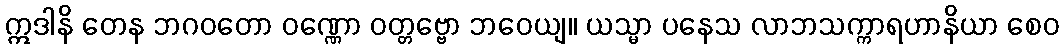
ဣဒါနိ တေန ဘဂဝတော ဝဏ္ဏော ဝတ္တဗ္ဗော ဘဝေယျ။ ယသ္မာ ပနေသ လာဘသက္ကာရဟာနိယာ စေဝ